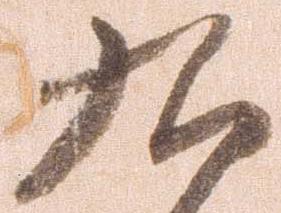
九